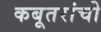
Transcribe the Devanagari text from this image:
कबूतरांची